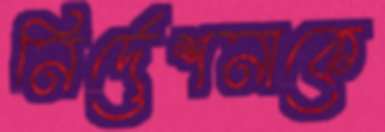
নির্দেশনাকে